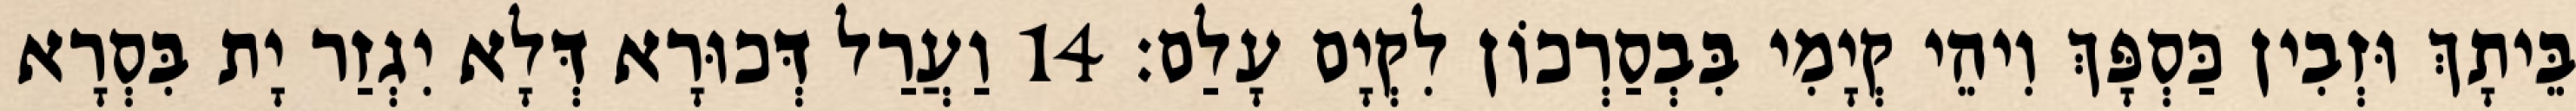
בֵּיתָךְ וּזְבִין כַּסְפָּךְ וִיהֵי קְיָמִי בִּבְסַרְכוֹן לִקְיָם עָלַם׃ 14 וַעֲרַל דְּכוּרָא דְּלָא יִגְזַר יָת בִּסְרָא